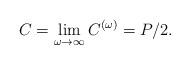
LaTeX: \begin{align*} C=\lim_{\omega \to \infty} C^{(\omega)}=P/2.\end{align*}